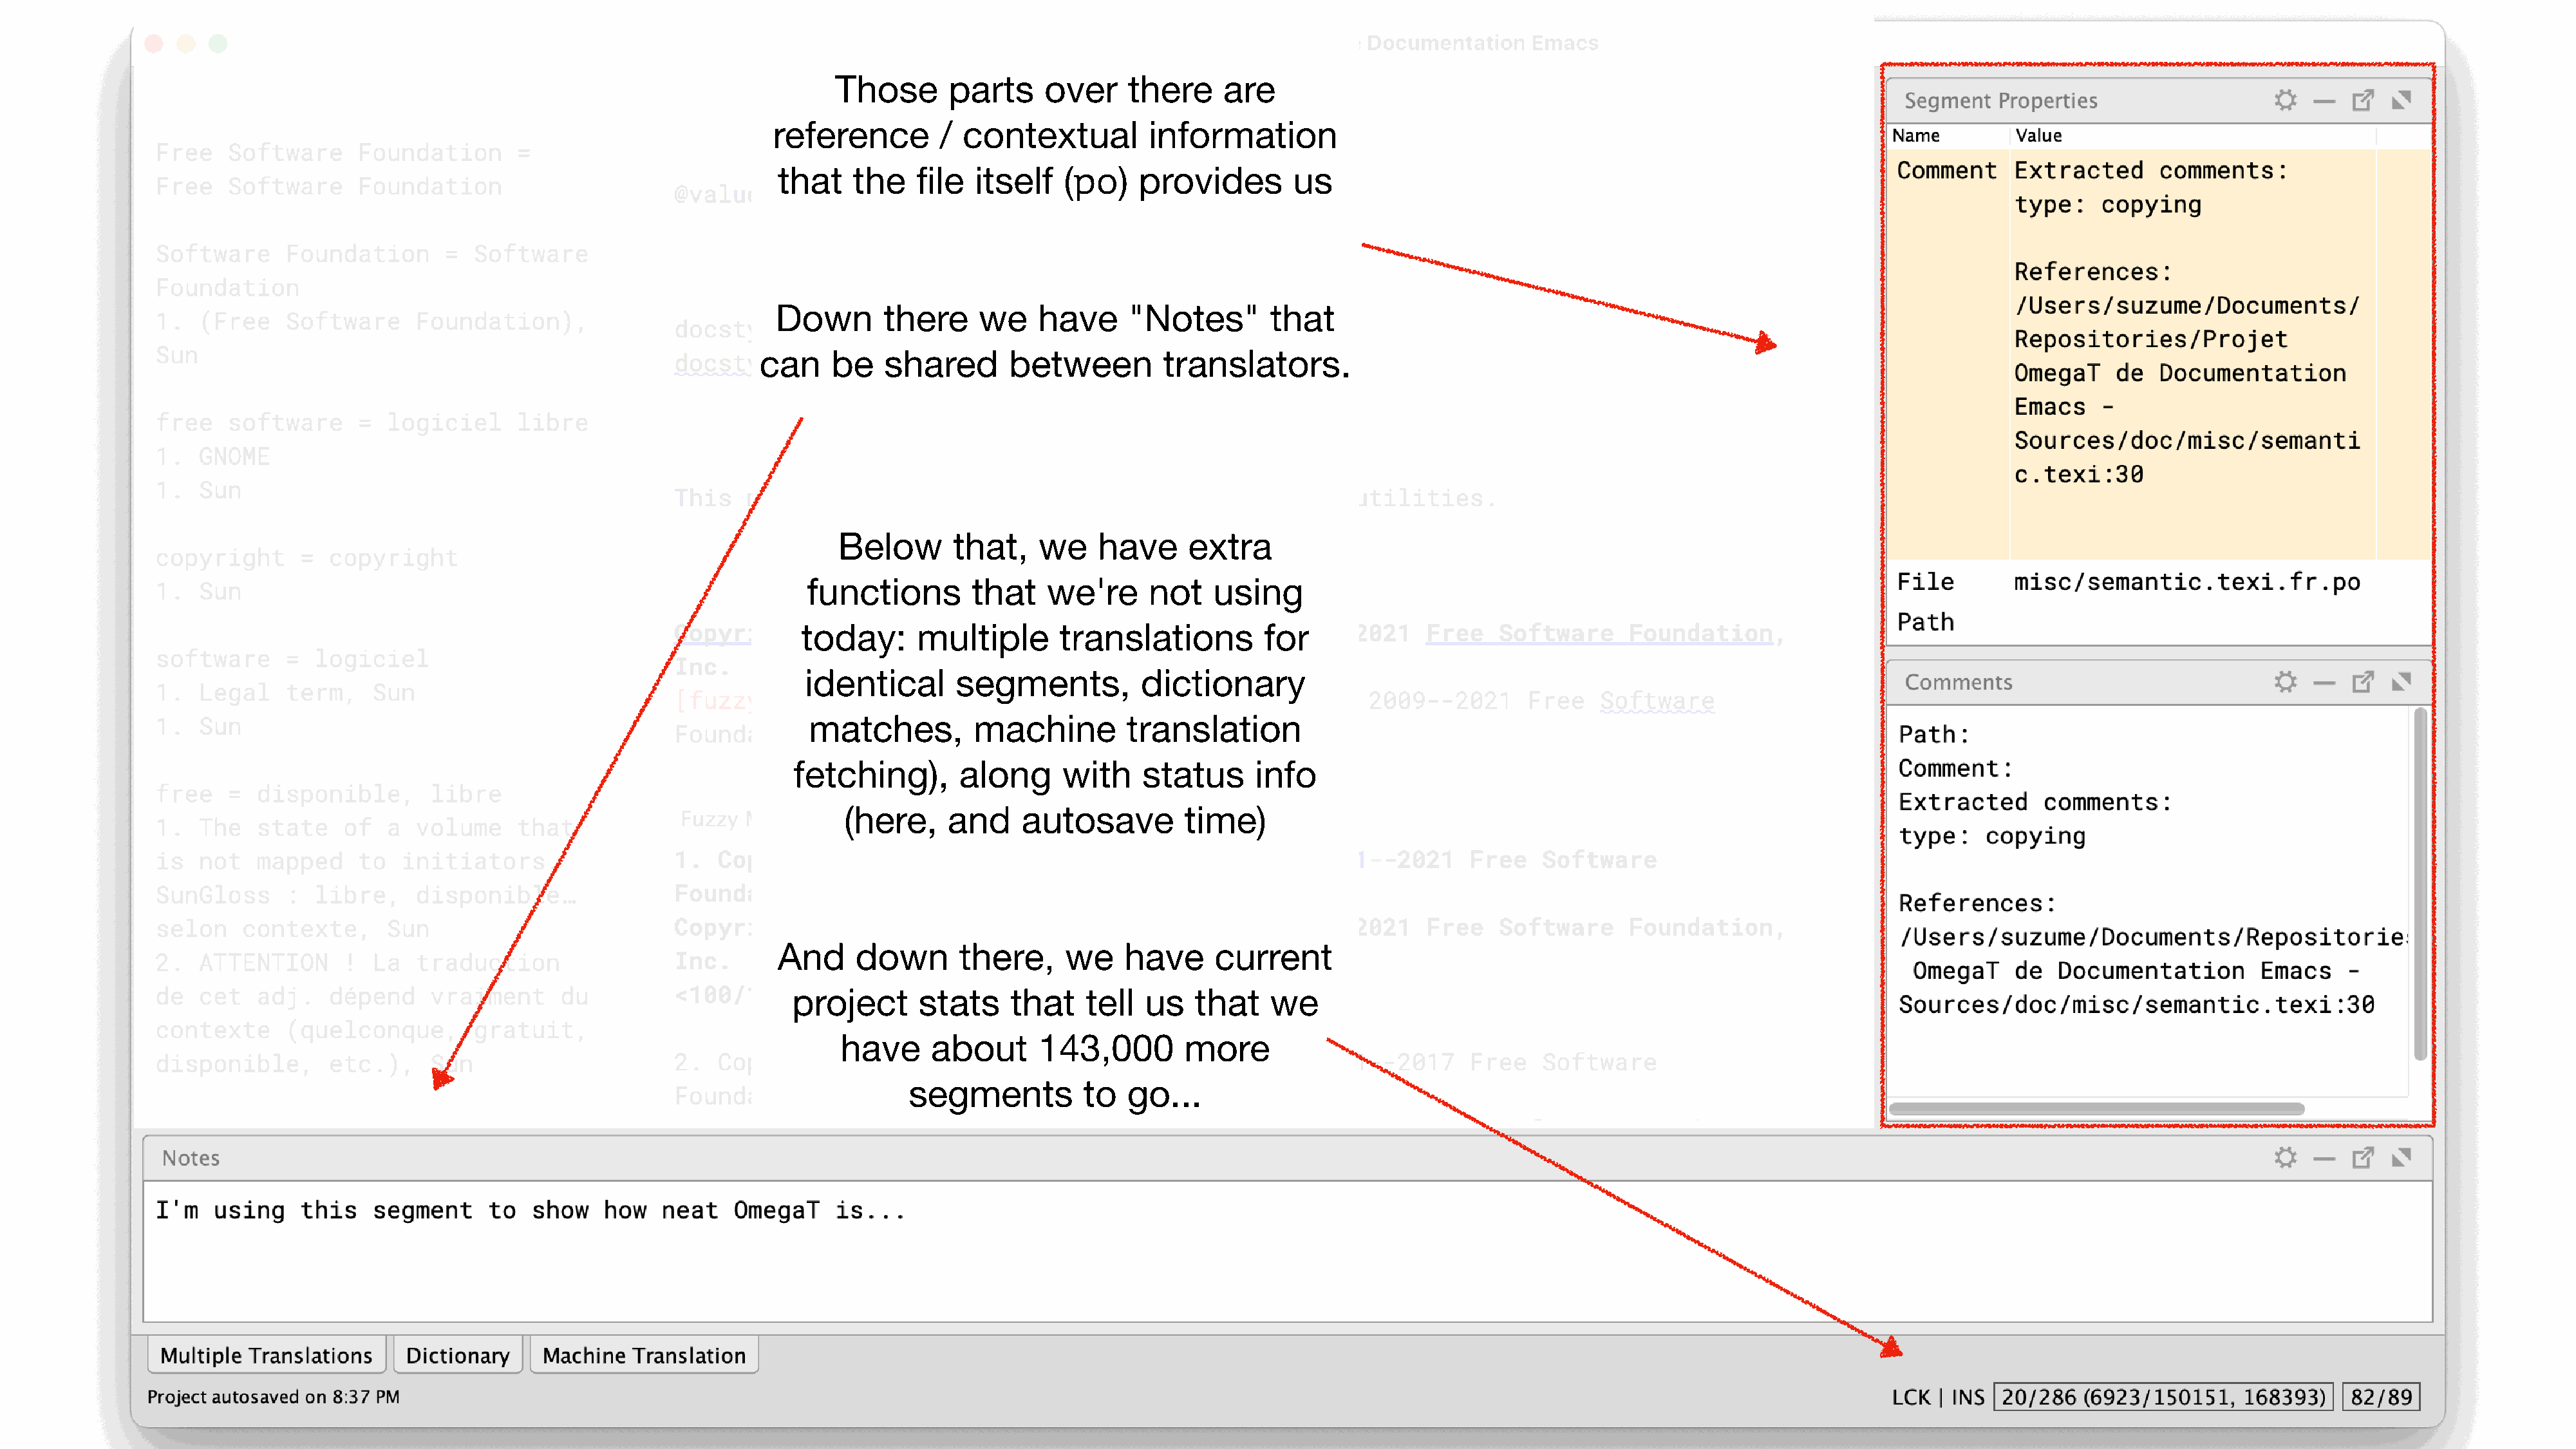
Those       parts    over     there     are
 reference         / contextual         information
 that    the   file  itself   (po)    provides        us
 Down       there     we    have     "Notes"        that
 can    be    shared       between         translators.
 Below       that,    we    have     extra
 functions        that    we're     not    using
 today:      multiple       translations         for
 identical      segments,          dictionary
 matches,         machine         translation
 fetching),       along     with    status      info
 (here,    and     autosave         time)
 And     down       there,    we     have     current
 project      stats     that    tell  us   that    we
 have      about      143,000        more
 segments          to   go...